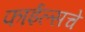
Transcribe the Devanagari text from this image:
फाईल्सचे